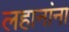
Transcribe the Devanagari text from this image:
लहानांना